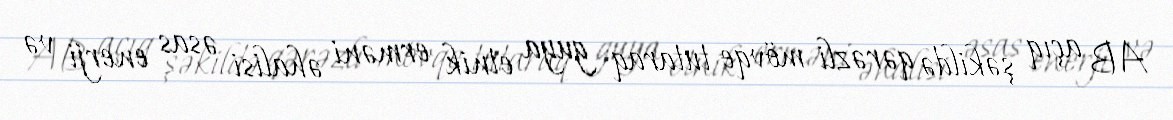
AB açıq şəkildə qərəzli mövqe tutaraq guya etnik erməni əhalisi əsas enerji və